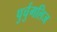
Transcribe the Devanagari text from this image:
पुर्चुगलिज